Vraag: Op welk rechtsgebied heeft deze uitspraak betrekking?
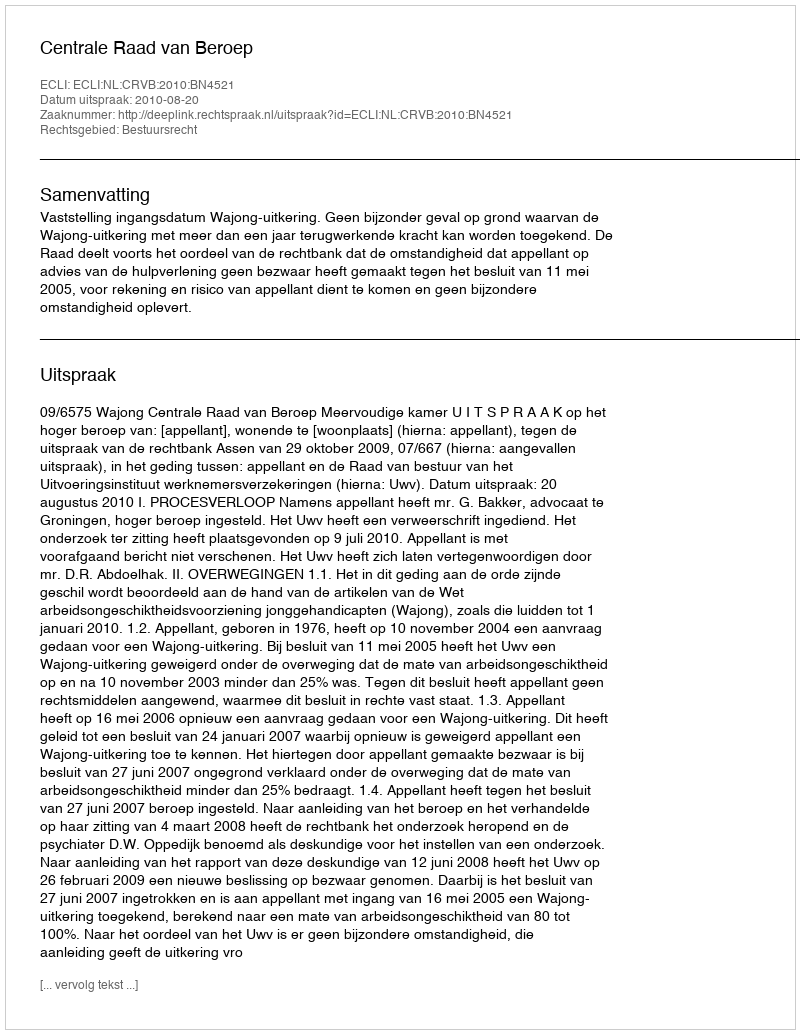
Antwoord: Bestuursrecht